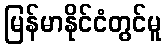
မြန်မာနိုင်ငံတွင်မူ